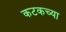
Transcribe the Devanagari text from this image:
कटकच्या